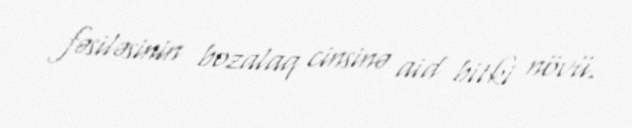
fəsiləsinin bozalaq cinsinə aid bitki növü.